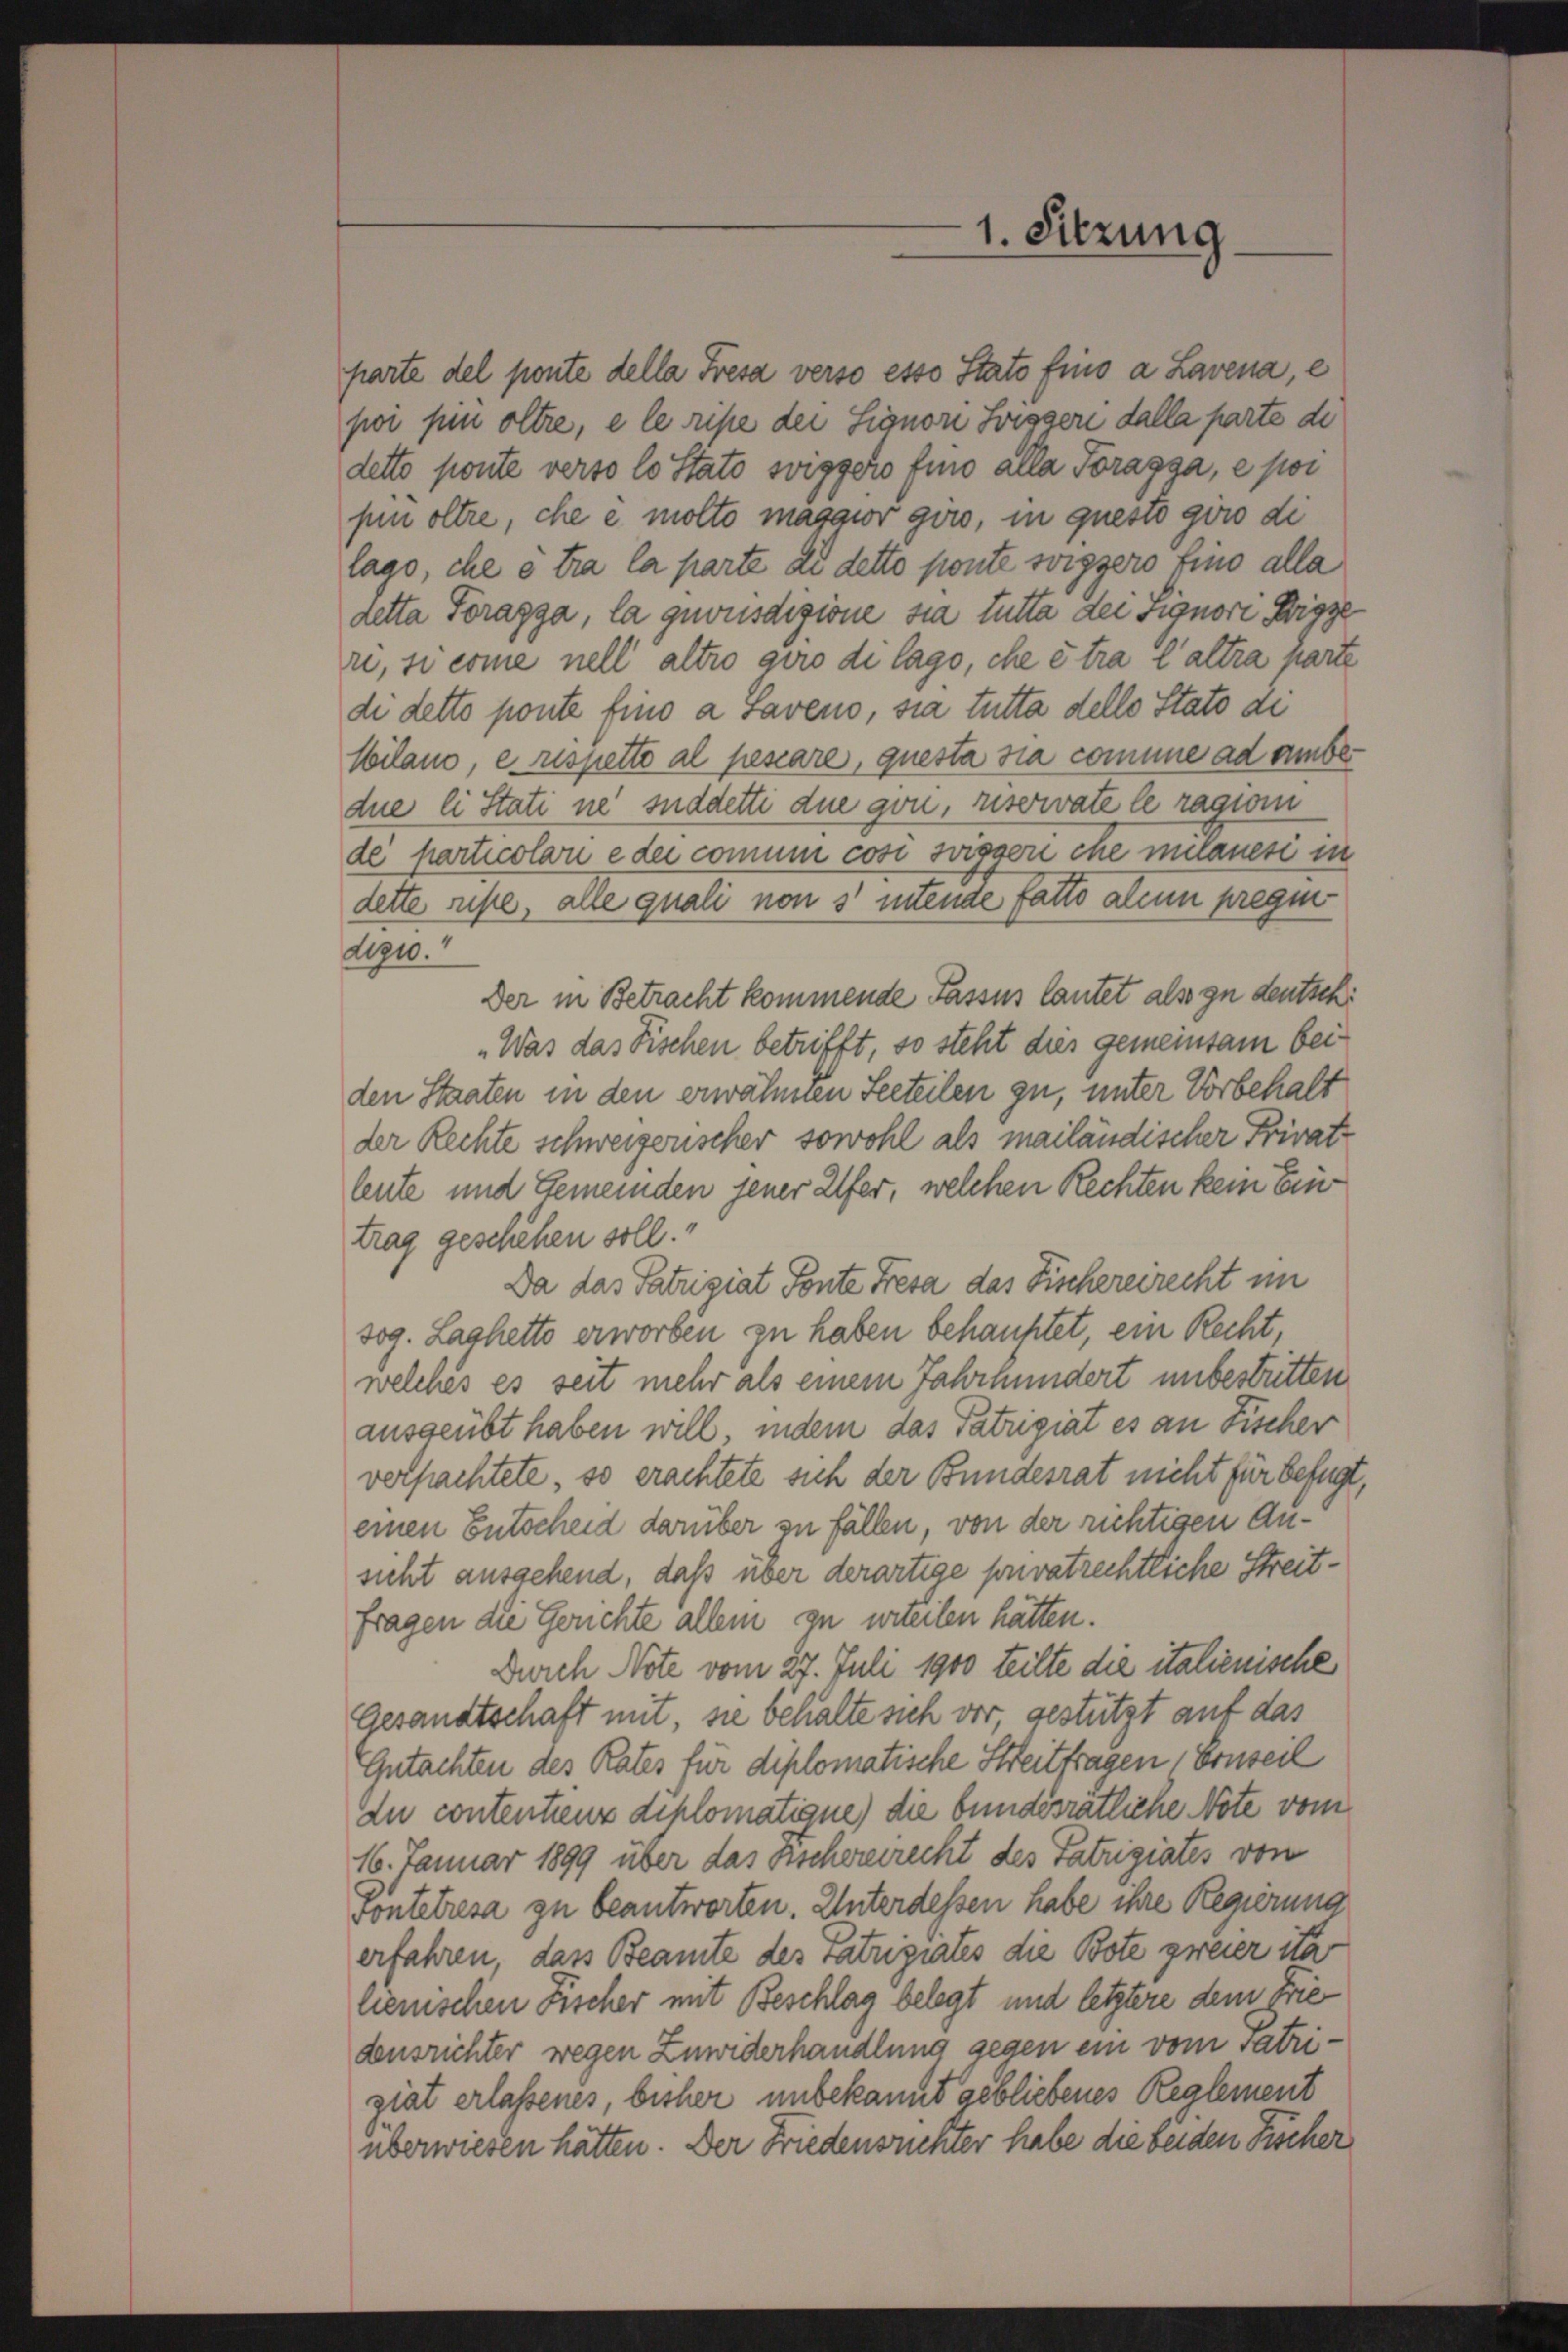
detto ponte verso lo Stato soigger fino alla Poragga, e por
pin oltre, che e molto maggior giro, in questo giro di
lago, che e tra la parte di detto ponte soigzero fino alla
detta Fragga, la gewisdigione sia tutta dei Signori Wigge
re, si come nell altro gero di lago, che étra l’altra parte
di detto ponte fino a Saveno, sia tutta dello Stato di
Miland, e rispetto al pescare, questa sia comme ad ambe
due li Stati ne suddetti due gon, reservate le ragion
de particolan e der comum cosi svigger ine manesi in
dette ruhe, alle quali non s’ intende fatto alcun pregidezw.
Der in Betracht kommende Fassus lautet als zu deutschi
„Was das Fischen betrifft, so steht dies gemeinsam beiden Staaten in den erwähnen Seeteilen zu, unter Vorbehalt
der Rechte schweizerischer sowohl als mailändischer Privatleute und Gemeinden jener Ufer, welchen Rechten kein Eintrag geschehen soll.“
Da das Patzigiat Fonte Fresa das Fischereirecht im
sog. Laghetto erworben zu haben behauptet, ein Recht,
welches es seit mehr als einem Jahrhundert unbestritten
ausgeübt haben will, indem das Patrigiat es an Fischer
verpachtete, so erachtete sich der Bundesrat nicht für befugt,
einen Entscheid darüber zu fällen, von der richtigen Ansicht ausgehend, daß über derartige privatrechtliche Streitfragen die Gerichte allein zu urteilen hätten.
Durch Note vom 27. Juli 1900 teilte die italienische
Gesandtschaft mit sie behalte sich vor, gestützt auf das
Gutachten des Rates für diplomatische Streitfragen, Ernseil
du contentienz diplomatique) die bundesrätliche Note vom
16. Januar 1899 über das Eschereirecht des Patriziates von
Pontetresa zu beantworten. Unterdessen habe ihre Regierung
erfahren, dass Beamte des Patriziates die Bote zweier ita
lienischen Fischer mit Beschlag belegt und letztere dem Friedensrichter wegen Zuwiderhandlung gegen ein vom Patriziat erlassenes, bisher unbekannt gebliebenes Realement
überwiesen hätten. Der Friedensüchter habe die beiden Fischer

1. Sitzung

parte del ponte della Fresa verso esso Stato fino a Lavena, e
poi pii oltre, e le ripe der Signori Siggeri dalla parte de